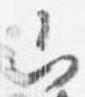
山